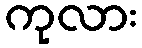
ကုလား